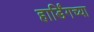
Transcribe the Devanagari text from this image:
हार्डिंगच्या